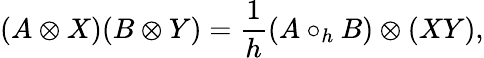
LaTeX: (A\otimes X)(B\otimes Y)=\frac{1}{h}(A\circ_{h}B)\otimes(XY),